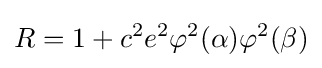
R=1+c^{2}e^{2}\varphi ^{2}(\alpha )\varphi ^{2}(\beta )